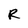
Character: R